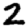
Digit: 2